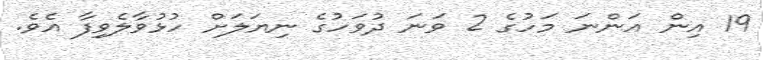
19 އިން އަންނަ މަހުގެ 2 ވަނަ ދުވަހުގެ ނިޔަލަށް ހުޅުވާލެވިފާ އެވެ.